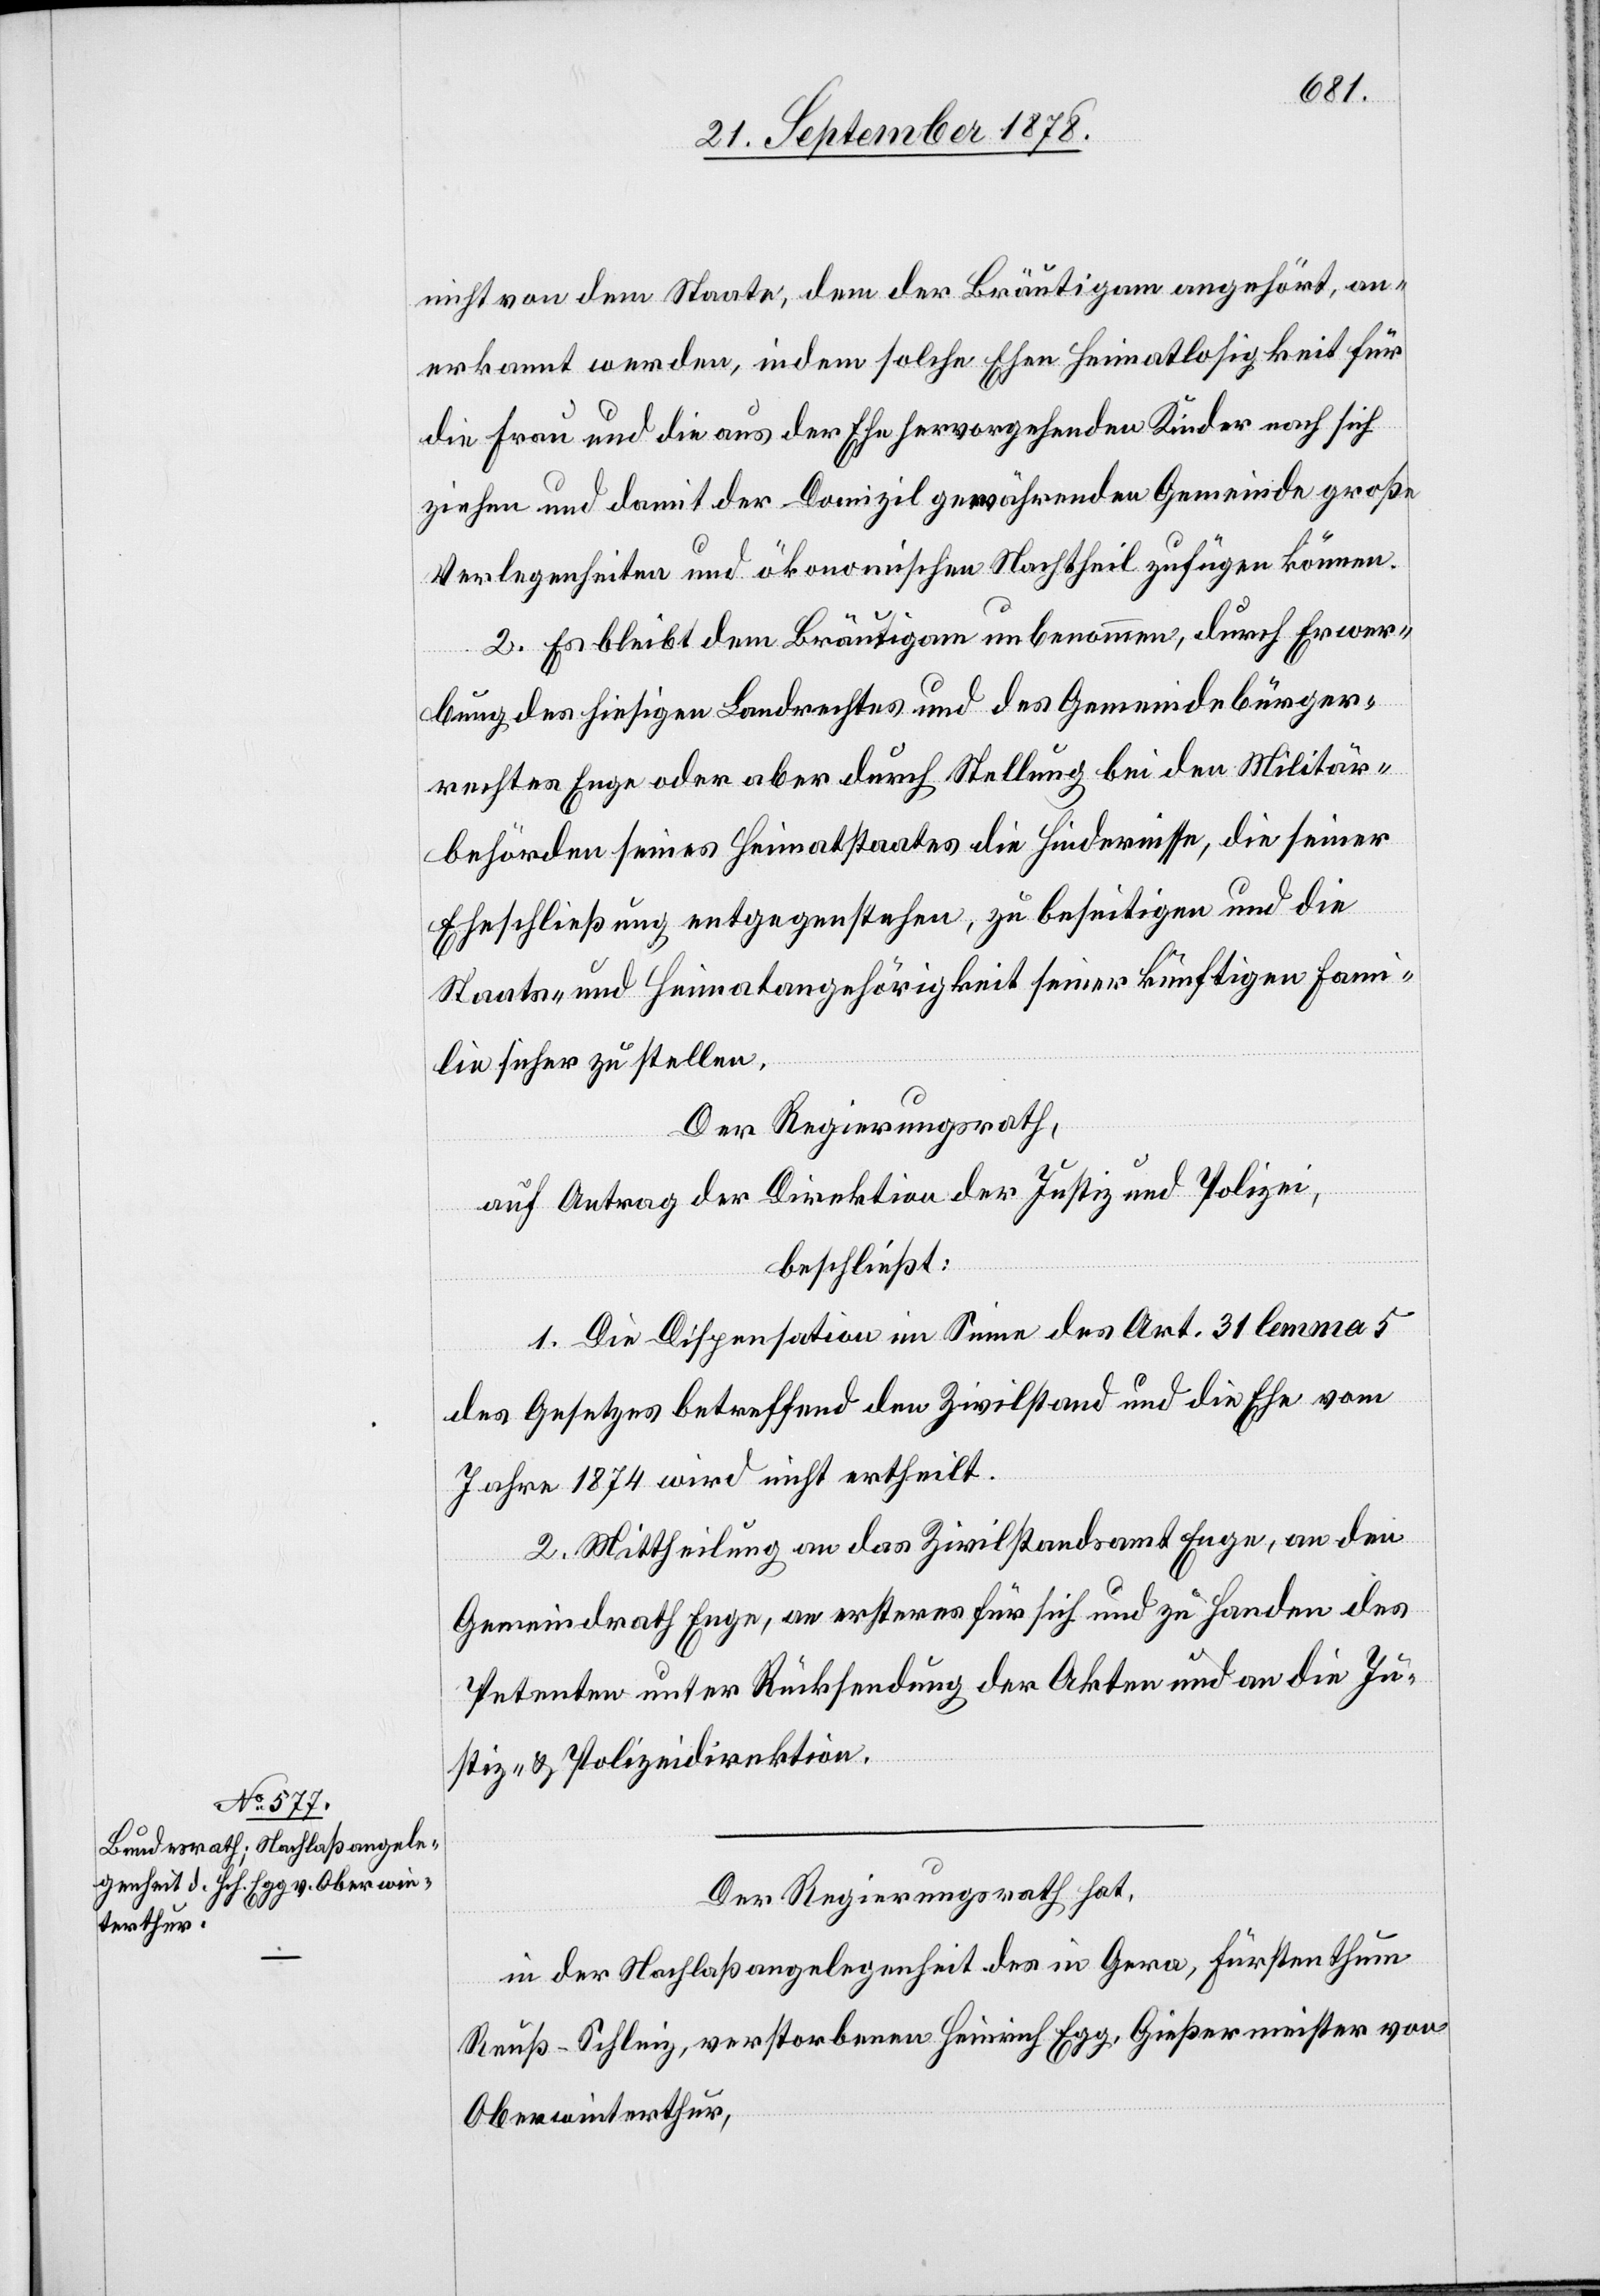
nicht von dem Staate, dem der Bräutigam angehört, an¬
erkannt werden, indem solche Ehen Heimatlosigkeit für
die Frau und die aus der Ehe hervorgehenden Kinder nach sich
ziehen und damit der Domizil gewährenden Gemeinde große
Verlegenheiten und ökonomischen Nachtheil zufügen können.
2. Es bleibt dem Bräutigam unbenommen, durch Erwer¬
bung des hiesigen Landrechtes und des Gemeindebürger¬
rechtes Enge oder aber durch Stellung bei den Militär¬
behörden seines Heimatstaates die Hindernisse, die seiner
Eheschließung entgegenstehen, zu beseitigen und die
Staats- und Heimatangehörigkeit seiner künftigen Fami¬
lie sicher zu stellen.
Der Regierungsrath,
auf Antrag der Direktion der Justiz und Polizei,
beschließt:
1. Die Dispensation im Sinne des Art. 31 lemma 5
des Gesetzes betreffend den Zivilstand und die Ehe vom
Jahre 1874 wird nicht ertheilt.
2. Mittheilung an das Zivilstandsamt Enge, an den
Gemeindrath Enge, an ersteres für sich und zu Handen des
Petenten unter Rücksendung der Akten und an die Ju¬
stiz- & Polizeidirektion.
Der Regierungsrath hat,
in der Nachlaßangelegenheit des in Gera, Fürstenthum
Reuß - Schleiz, verstorbenen Heinrich Egg, Gießermeister von
Oberwinterthur,